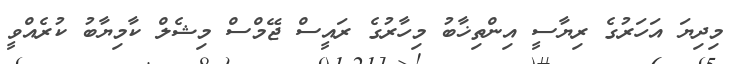
މިދިޔަ އަހަރުގެ ރިޔާސީ އިންތިޚާބު މިހާރުގެ ރައީސް ޖޭމްސް މިޝެލް ކާމިޔާބު ކުރެއްވީ